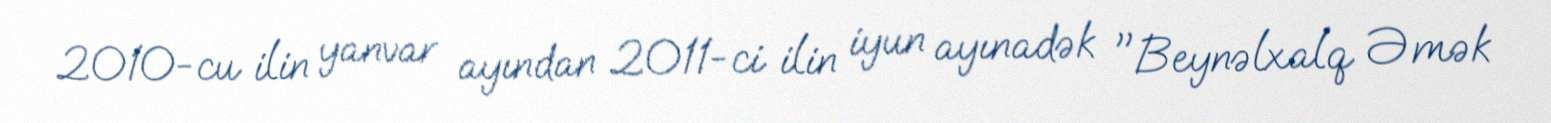
2010-cu ilin yanvar ayından 2011-ci ilin iyun ayınadək "Beynəlxalq Əmək